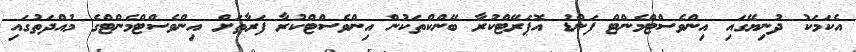
އެކަމަކު ދުނިޔޭގައި އިންވެސްޓްމެންޓް ފަންޑު އޮޕަރޭޓްކުރާ ބޭންކްތަކުން އިންވެސްޓްކުރާ ފަރާތަށް އިންވެސްޓްމެންޓްގެ މުއްދަތުގައި